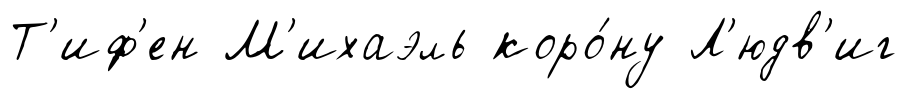
Т'иф'ен М'ихаэль коро́ну Л'юдв'иг